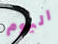
اليوم